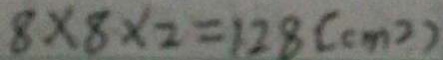
8 \times 8 \times 2 = 1 2 8 ( c m ^ { 2 } )